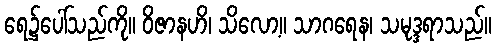
ရေ၌ပေါ်သည်ကို။ ဝိဇာနဟိ၊ သိလော့။ သာဂရေန၊ သမုဒ္ဒရာသည်။